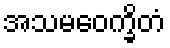
အသမဝေက္ခိတံ